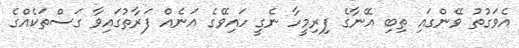
އެވަގުތު ވޭންގައި ތިބި އޭނާގެ ފިރިމީހާ ނެގީ ހައިވޭގެ އަނެއް ފަރާތުގައިވާ ގަސްތަކެއްގެ